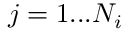
j = 1 . . . N _ { i }